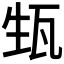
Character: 𱰈